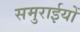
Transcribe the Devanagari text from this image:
समुराईयों